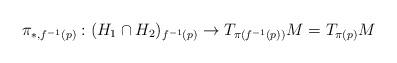
LaTeX: \begin{align*}\pi_{*,f^{-1}(p)}: (H_1\cap H_2)_{f^{-1}(p)}\to T_{\pi(f^{-1}(p))} M=T_{\pi(p)} M\end{align*}